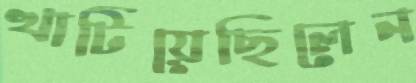
খাটিয়েছিলেন